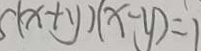
5 ( x + y ) ( x - y ) = 1